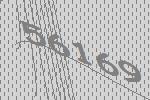
56169